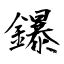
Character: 鑤